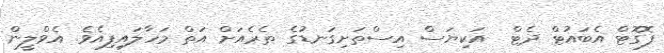
ފޮގޮޓް އެބައުޓް ދެޓް  އަކިޔަސް އިސްތަށިގަނޑުގެ ތެރެއަށް އަތް މަހާލައިފިއެވެ. އެވްލީން